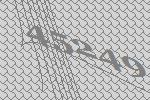
45249